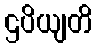
ဌပိယျတိ